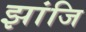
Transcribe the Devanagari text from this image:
झांजि